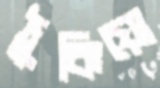
ঠুকিয়ো